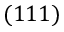
( 1 1 1 )